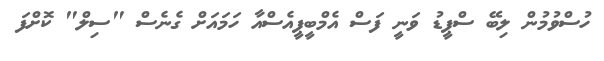
ހުސްވުމުން ލިބޭ ސްޕީޑު ވަނީ ފަސް އެމްބީޕީއެސްއާ ހަމައަށް ގެނެސް "ސިލް" ކޮށްފަ